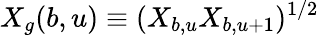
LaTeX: X_{g}(b,u)\equiv(X_{b,u}X_{b,u+1})^{1/2}